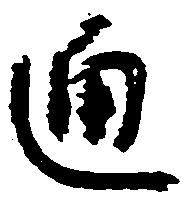
通